Plague in India, 1896, 1897 - Volume 2
Year: 1896
Disease focus: Plague
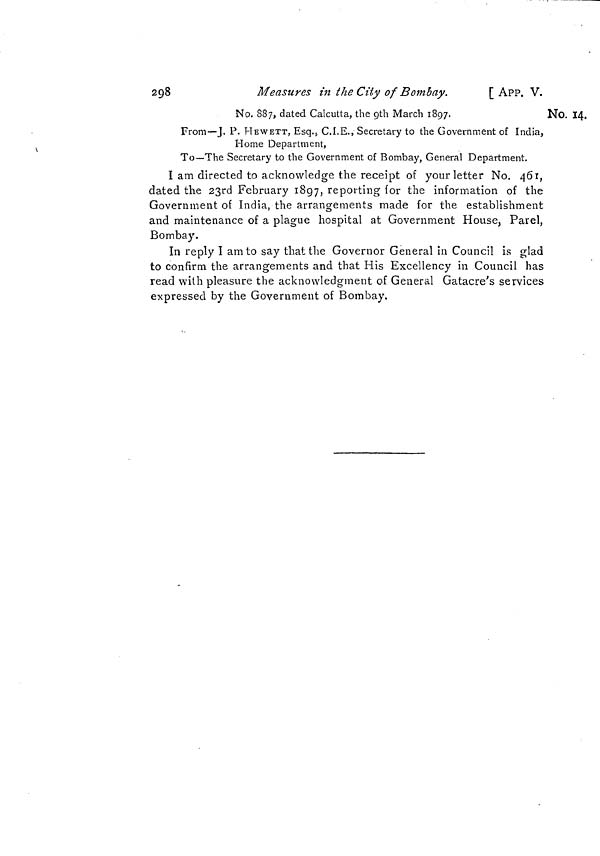
298
Measures in the City of Bombay.
[ APP. V.
No. 14.
No. 887, dated Calcutta, the 9th March 1897.
From—J. P. HEWETT, Esq., C.I.E., Secretary to the Government of India,
Home Department,
To—The Secretary to the Government of Bombay, General Department.
I am directed to acknowledge the receipt of your letter No. 461,
dated the 23rd February 1897, reporting for the information of the
Government of India, the arrangements made for the establishment
and maintenance of a plague hospital at Government House, Parel,
Bombay.
In reply I am to say that the Governor General in Council is glad
to confirm the arrangements and that His Excellency in Council has
read with pleasure the acknowledgment of General Gatacre's services
expressed by the Government of Bombay.